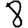
Digit: 8